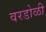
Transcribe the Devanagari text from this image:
वरडोळी